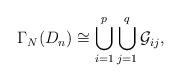
LaTeX: \begin{align*} \Gamma_N(D_n)\cong \displaystyle\bigcup_{i=1}^{p}\bigcup_{j=1}^{q} \mathcal{G}_{ij},\end{align*}